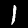
Digit: 1